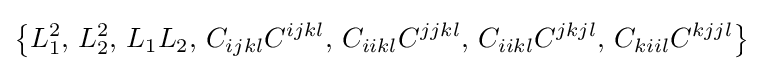
\left\{L_{1}^{2},\,L_{2}^{2},\,L_{1}L_{2},\,C_{ijkl}C^{ijkl},\,C_{iikl}C^{jjkl},\,C_{iikl}C^{jkjl},\,C_{kiil}C^{kjjl}\right\}